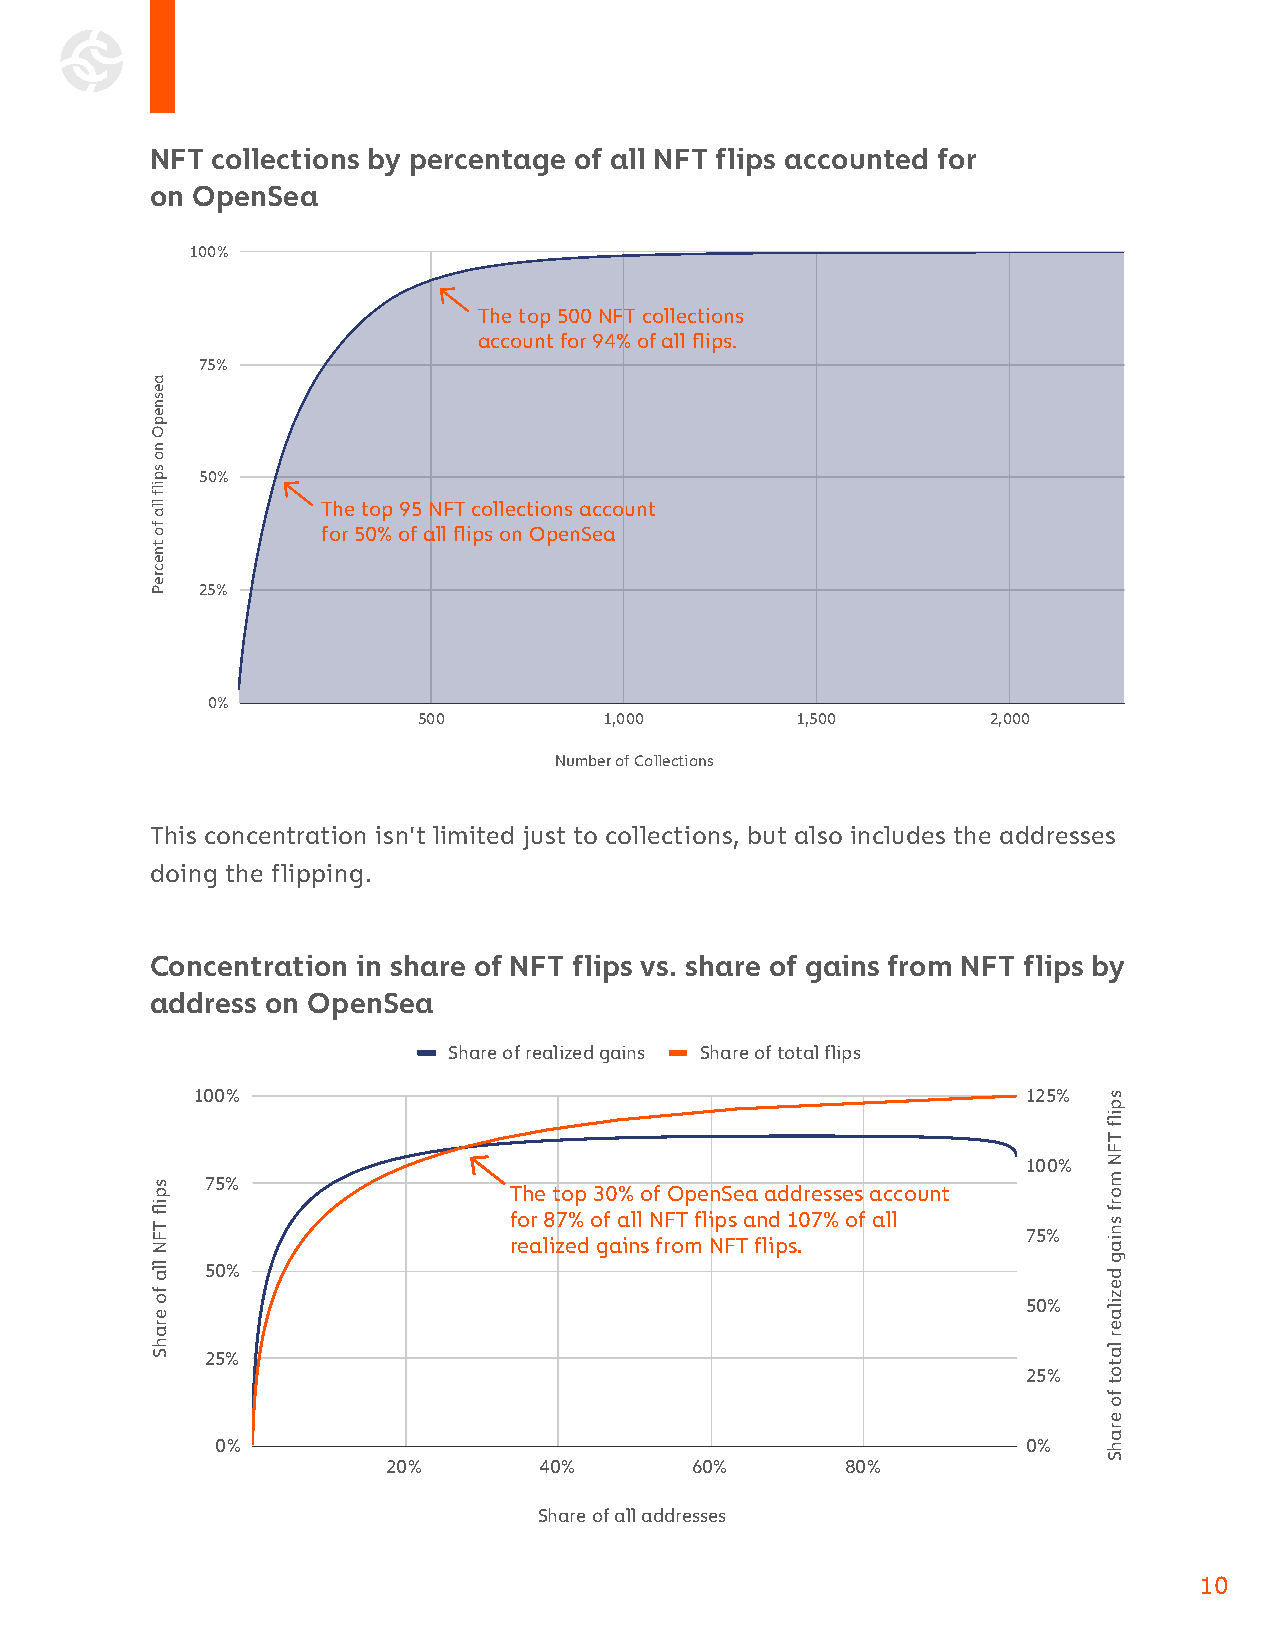
NFT collections by percentage of all NFT flips accounted for
 on OpenSea
 100%
 The top 500 NFT collections
 account for 94% of all flips.
 75%
 50%
 The top 95 NFT collections account
 for 50% of all flips on OpenSea
 25%
 0%
 500         1,000        1,500        2,000
 Number of Collections
 This concentration isn’t limited just to collections, but also includes the addresses
 doing the flipping.
 Concentration in share of NFT flips vs. share of gains from NFT flips by
 address on OpenSea
 Share of realized gains Share of total flips
 100%                                                   125%
 100%
 75%                 The top 30% of OpenSea addresses account
 for 87% of all NFT flips and 107% of all
 75%
 realized gains from NFT flips.
 50%
 50%
 25%
 25%
 0%                                                    0%
 20%       40%       60%       80%
 Share of all addresses
 10
 aesnepO
 no
 spilf
 lla
 fo
 tnecreP
 spilf
 TFN
 lla
 fo
 erahS
 spilf
 TFN
 morf
 sniag
 dezilaer
 latot
 fo
 erahS